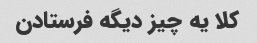
کلا یه چیز دیگه فرستادن